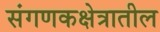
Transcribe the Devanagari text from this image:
संगणकक्षेत्रातील